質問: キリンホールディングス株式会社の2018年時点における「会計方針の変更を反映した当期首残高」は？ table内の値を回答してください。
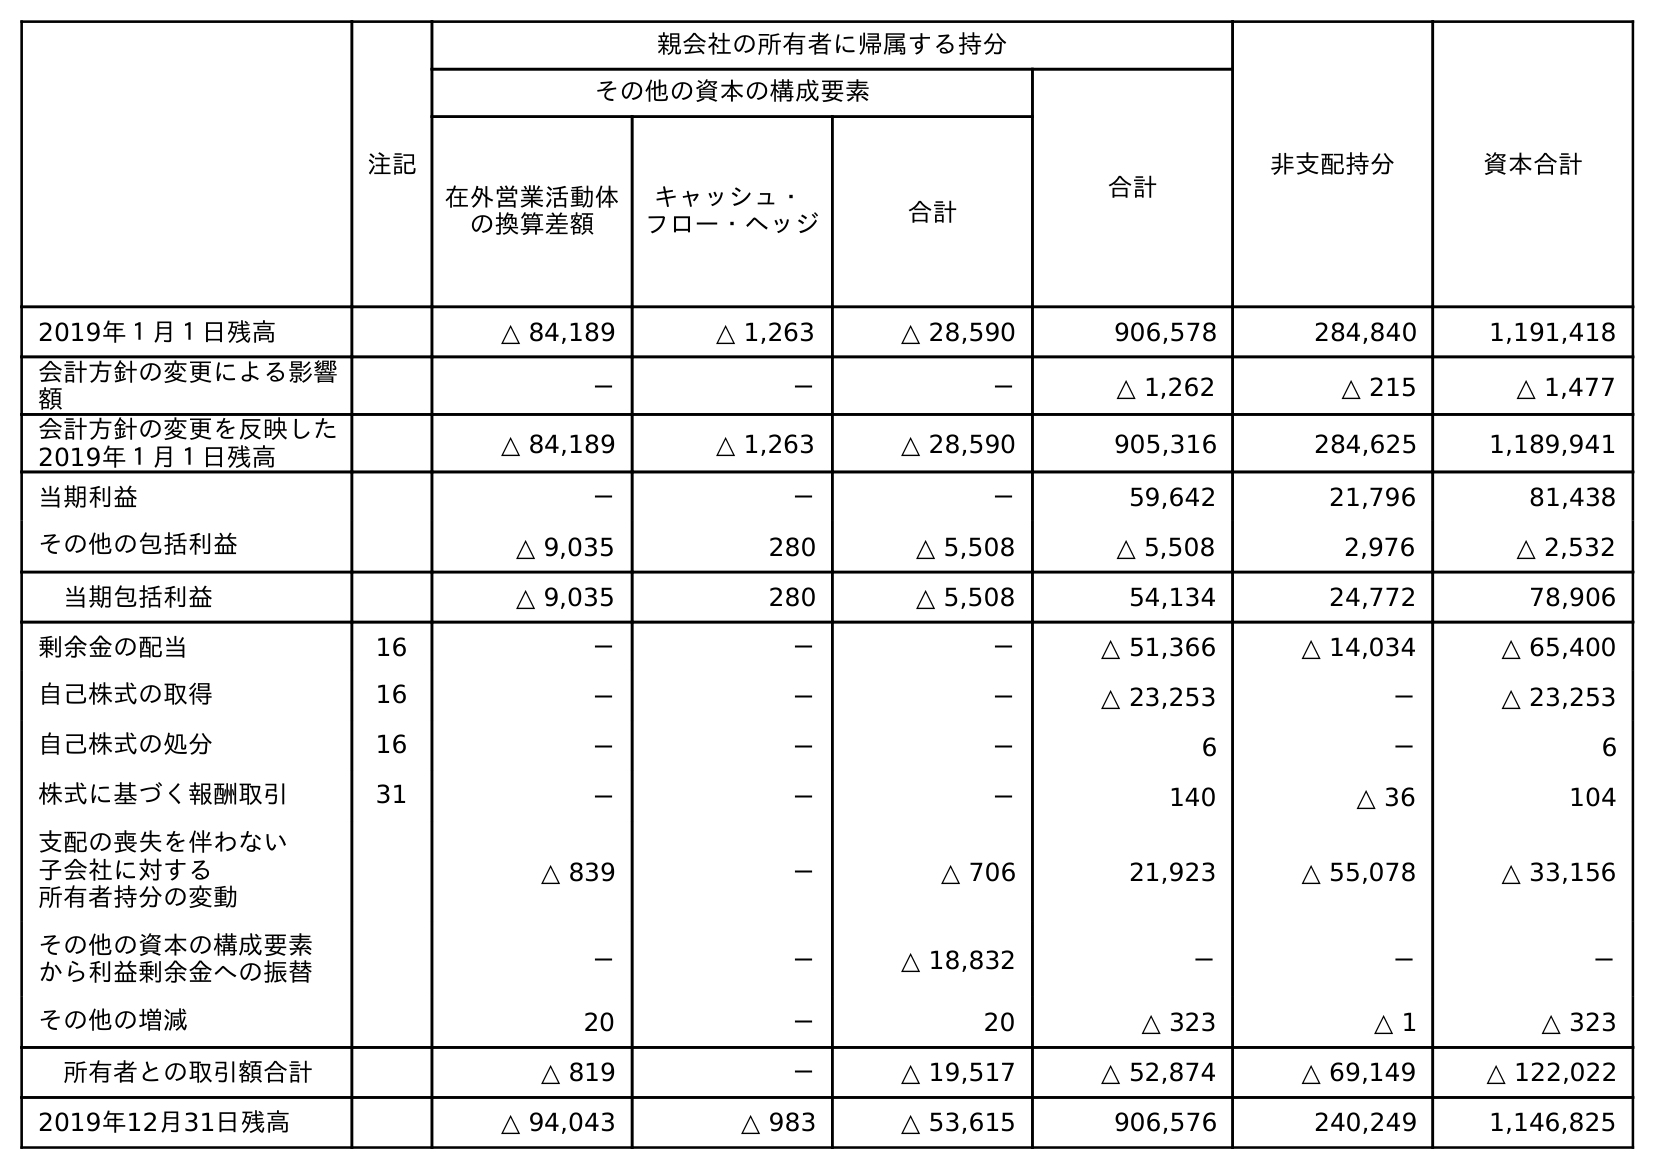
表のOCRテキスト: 注記 親会社の所有者に帰属する持分 非支配持分 資本合計 その他の資本の構成要素 合計 在外営業活動体 の換算差額 キャッシュ・ フロー・ヘッジ 合計 2019年１月１日残高 △ 84,189 △ 1,263 △ 28,590 906,578 284,840 1,191,418 会計方針の変更による影響 額 － － － △ 1,262 △ 215 △ 1,477 会計方針の変更を反映した 2019年１月１日残高 △ 84,189 △ 1,263 △ 28,590 905,316 284,625 1,189,941 当期利益 － － － 59,642 21,796 81,438 その他の包括利益 △ 9,035 280 △ 5,508 △ 5,508 2,976 △ 2,532 当期包括利益 △ 9,035 280 △ 5,508 54,134 24,772 78,906 剰余金の配当 16 － － － △ 51,366 △ 14,034 △ 65,400 自己株式の取得 16 － － － △ 23,253 － △ 23,253 自己株式の処分 16 － － － 6 － 6 株式に基づく報酬取引 31 － － － 140 △ 36 104 支配の喪失を伴わない 子会社に対する 所有者持分の変動 △ 839 － △ 706 21,923 △ 55,078 △ 33,156 その他の資本の構成要素 から利益剰余金への振替 － － △ 18,832 － － － その他の増減 20 － 20 △ 323 △ 1 △ 323 所有者との取引額合計 △ 819 － △ 19,517 △ 52,874 △ 69,149 △ 122,022 2019年12月31日残高 △ 94,043 △ 983 △ 53,615 906,576 240,249 1,146,825
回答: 1,189,941